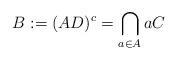
LaTeX: \begin{align*}B := (AD)^c = \bigcap_{a \in A} aC\end{align*}